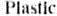
PLASTIC